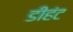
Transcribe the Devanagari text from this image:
डीहंट